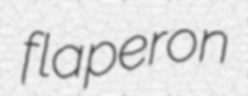
flaperon